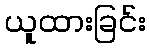
ယူထားခြင်း